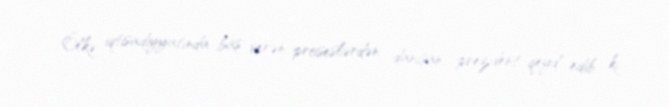
Ölkə iqtisadiyyatında baş verən proseslərdən danışan prezident qeyd edib ki,